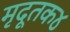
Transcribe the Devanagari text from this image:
मृदूतक४